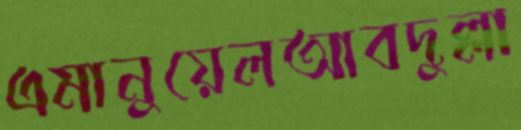
এমানুয়েলআবদুল্লা